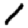
Digit: 1